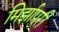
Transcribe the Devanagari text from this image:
मिर्झापुरी